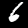
Label: 6